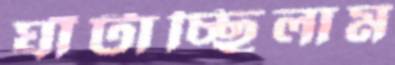
ঘাঁটাচ্ছিলাম